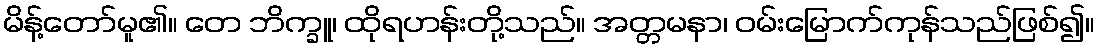
မိန့်တော်မူ၏။ တေ ဘိက္ခူ၊ ထိုရဟန်းတို့သည်။ အတ္တမနာ၊ ဝမ်းမြောက်ကုန်သည်ဖြစ်၍။